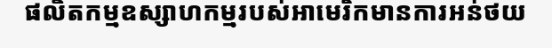
ផលិតកម្មឧស្សាហកម្មរបស់អាមេរិកមានការអន់ថយ